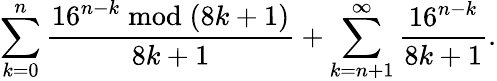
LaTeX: \sum_{k=0}^{n}{\frac{16^{n-k}{\bmod{(}}8k+1)}{8k+1}}+\sum_{k=n+1}^{\infty}{\frac{16^{n-k}}{8k+1}}.